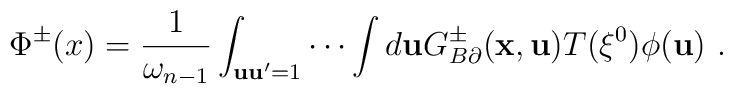
\Phi^\pm(x)=\frac{1}{\omega_{n-1}}\int_{{\bf uu}^{\prime}=1}\cdots\int d{\bf u}G^\pm_{B\partial}({\bf x},{\bf u})T(\xi^0)\phi({\bf u})~.